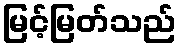
မြင့်မြတ်သည်